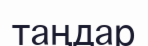
таңдар